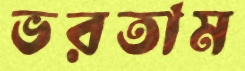
ভরতাম